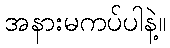
အနားမကပ်ပါနဲ့။